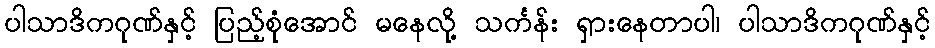
ပါသာဒိကဂုဏ်နှင့် ပြည့်စုံအောင် မနေလို့ သင်္ကန်း ရှားနေတာပါ၊ ပါသာဒိကဂုဏ်နှင့်